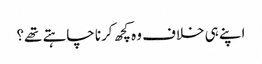
اپنے ہی خلاف وہ کچھ کرنا چاہتے تھے؟